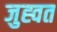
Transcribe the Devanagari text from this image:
जुह्वत